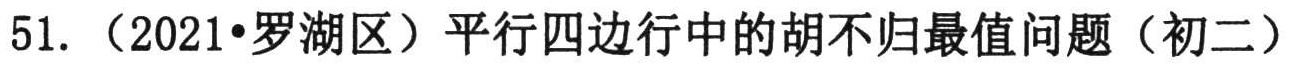
51. （2021•罗湖区）平行四边行中的胡不归最值问题（初二）